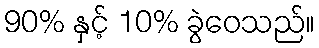
90% နှင့် 10% ခွဲဝေသည်။